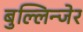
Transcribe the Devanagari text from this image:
बुल्लिन्जेर